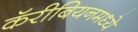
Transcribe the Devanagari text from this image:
कॅरीबियनमध्ये